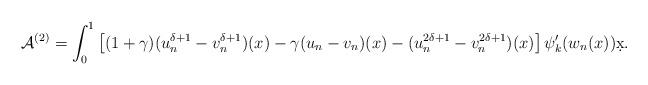
LaTeX: \begin{align*}\mathcal{A}^{(2)}&= \int_{0}^{1}\left[ (1+\gamma)(u_n^{\delta+1}-v_n^{\delta+1})(x)-\gamma(u_n-v_n)(x)-(u_n^{2\delta+1}-v_n^{2\delta+1})(x)\right]\psi_k'(w_n(x))\d x.\end{align*}